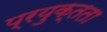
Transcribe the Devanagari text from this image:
प्रयुक्तता